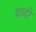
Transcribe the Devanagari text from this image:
द्रादी